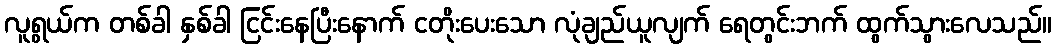
လူရွယ်က တစ်ခါ နှစ်ခါ ငြင်းနေပြီးနောက် ငတိုးပေးသော လုံချည်ယူလျက် ရေတွင်းဘက် ထွက်သွားလေသည်။